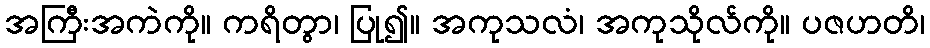
အကြီးအကဲကို။ ကရိတွာ၊ ပြု၍။ အကုသလံ၊ အကုသိုလ်ကို။ ပဇဟတိ၊